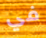
في